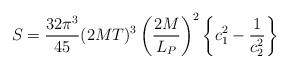
LaTeX: \begin{align*}S = {32\pi^3\over 45} (2MT)^3 \left({2M\over L_P}\right)^2 \left\{ c_1^2 - {1\over c_2^2} \right\} \end{align*}